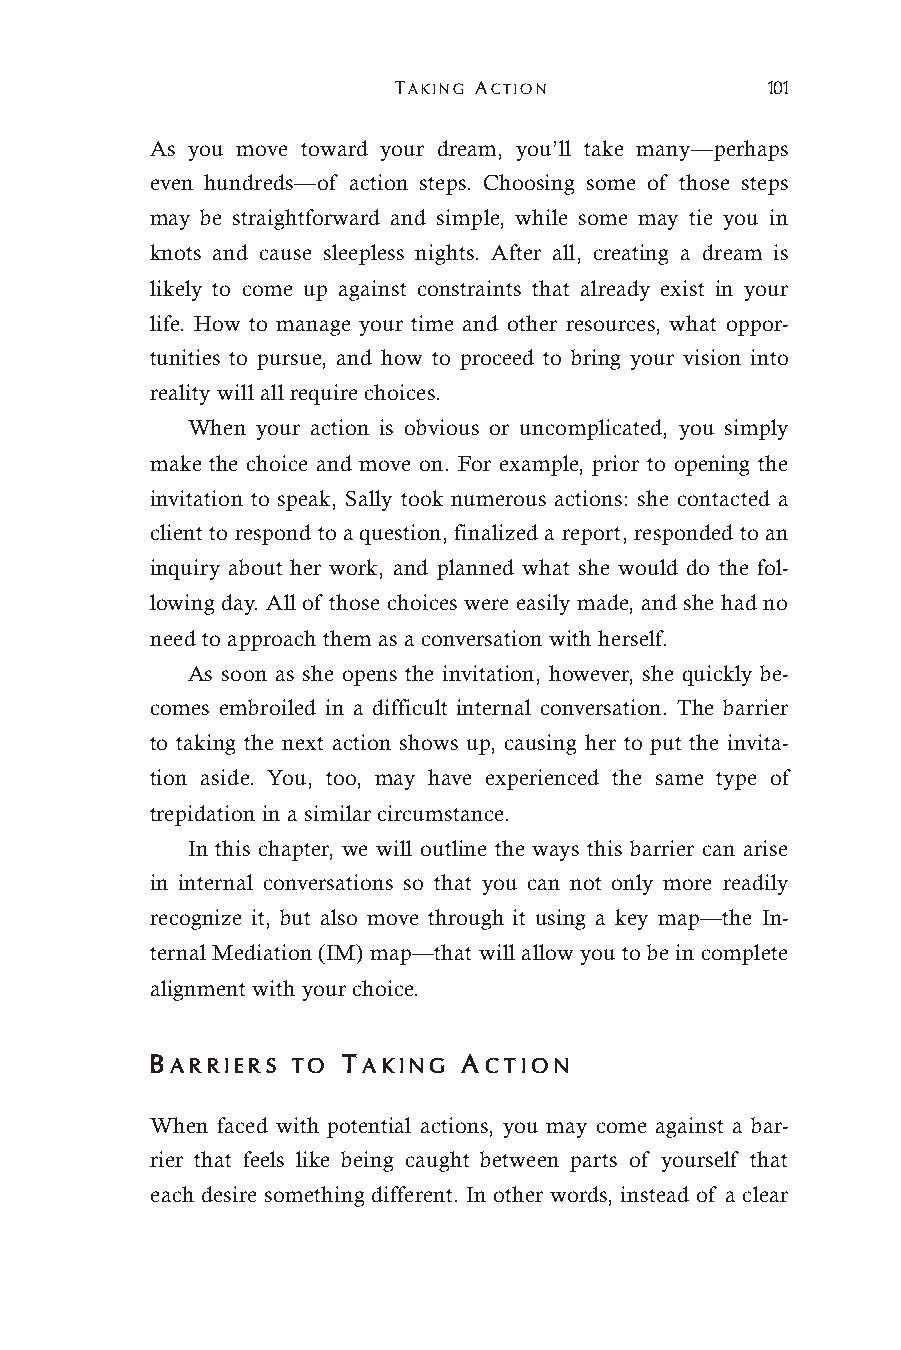
TAKING ACTION            101
 As you move toward your dream, you’ll take many—perhaps
 even hundreds—of action steps. Choosing some of those steps
 may be straightforward and simple, while some may tie you in
 knots and cause sleepless nights. After all, creating a dream is
 likely to come up against constraints that already exist in your
 life. How to manage your time and other resources, what oppor-
 tunities to pursue, and how to proceed to bring your vision into
 reality will all require choices.
 When your action is obvious or uncomplicated, you simply
 make the choice and move on. For example, prior to opening the
 invitation to speak, Sally took numerous actions: she contacted a
 client to respond to a question, finalized a report, responded to an
 inquiry about her work, and planned what she would do the fol-
 lowing day. All of those choices were easily made, and she had no
 need to approach them as a conversation with herself.
 As soon as she opens the invitation, however, she quickly be-
 comes embroiled in a difficult internal conversation. The barrier
 to taking the next action shows up, causing her to put the invita-
 tion aside. You, too, may have experienced the same type of
 trepidation in a similar circumstance.
 In this chapter, we will outline the ways this barrier can arise
 in internal conversations so that you can not only more readily
 recognize it, but also move through it using a key map—the In-
 ternal Mediation (IM) map—that will allow you to be in complete
 alignment with your choice.
 BARRIERS TO  TAKING  ACTION
 When faced with potential actions, you may come against a bar-
 rier that feels like being caught between parts of yourself that
 each desire something different. In other words, instead of a clear